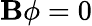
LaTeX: \mathbf{B}\phi=0